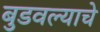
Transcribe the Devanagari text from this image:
बुडवल्याचे